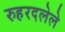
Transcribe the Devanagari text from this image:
रुहरदलेले